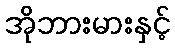
အိုဘားမားနှင့်